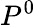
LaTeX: P^{0}